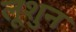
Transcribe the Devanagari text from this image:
लूशुन